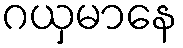
ဂယှမာနေ